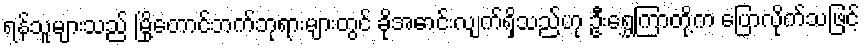
ရန်သူများသည် မြို့တောင်ဘက်ဘုရားများတွင် ခိုအောင်းလျက်ရှိသည်ဟု ဦးရွှေကြာတို့က ပြောလိုက်သဖြင့်